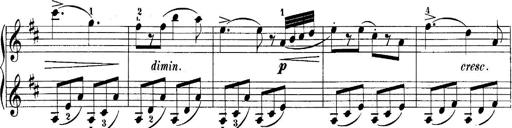
Title: 10 Sonatines progressives
Composer: Anton Schmoll